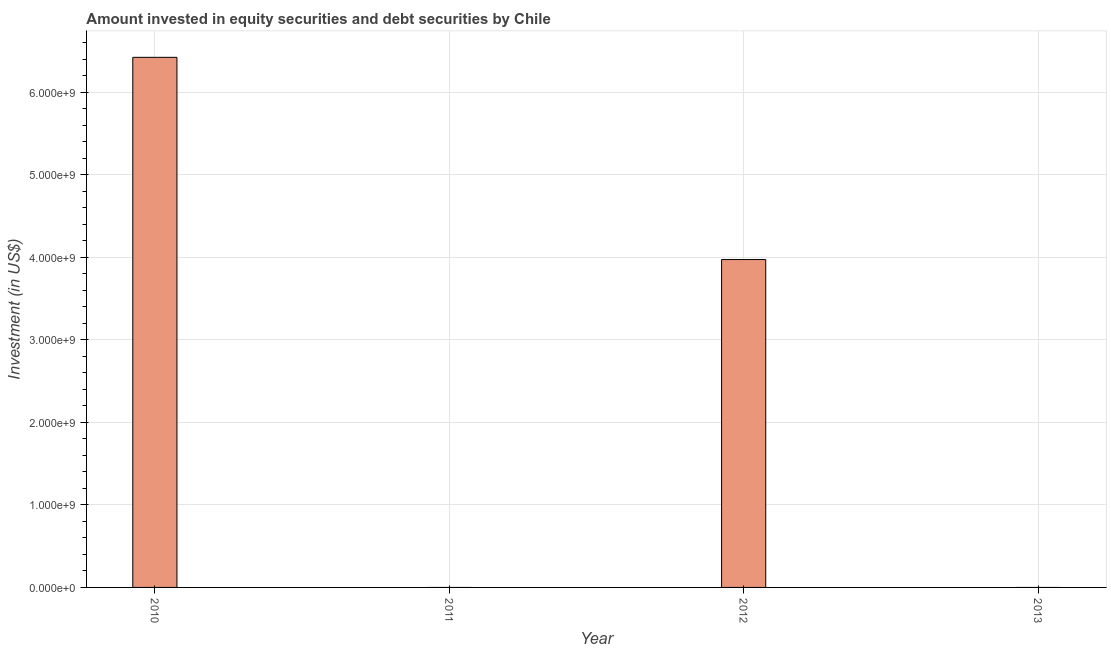
| Year | Portfolio Investment |
 | --- | --- |
 | 2010 | 6.42e+09 |
 | 2011 | -1.15e+10 |
 | 2012 | 3.97e+09 |
 | 2013 | -5.01e+09 |